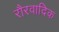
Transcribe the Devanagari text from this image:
रौरवादिक